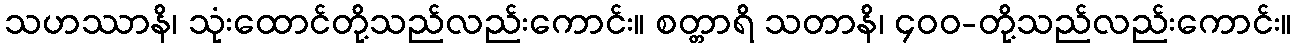
သဟဿာနိ၊ သုံးထောင်တို့သည်လည်းကောင်း။ စတ္တာရိ သတာနိ၊ ၄၀၀-တို့သည်လည်းကောင်း။